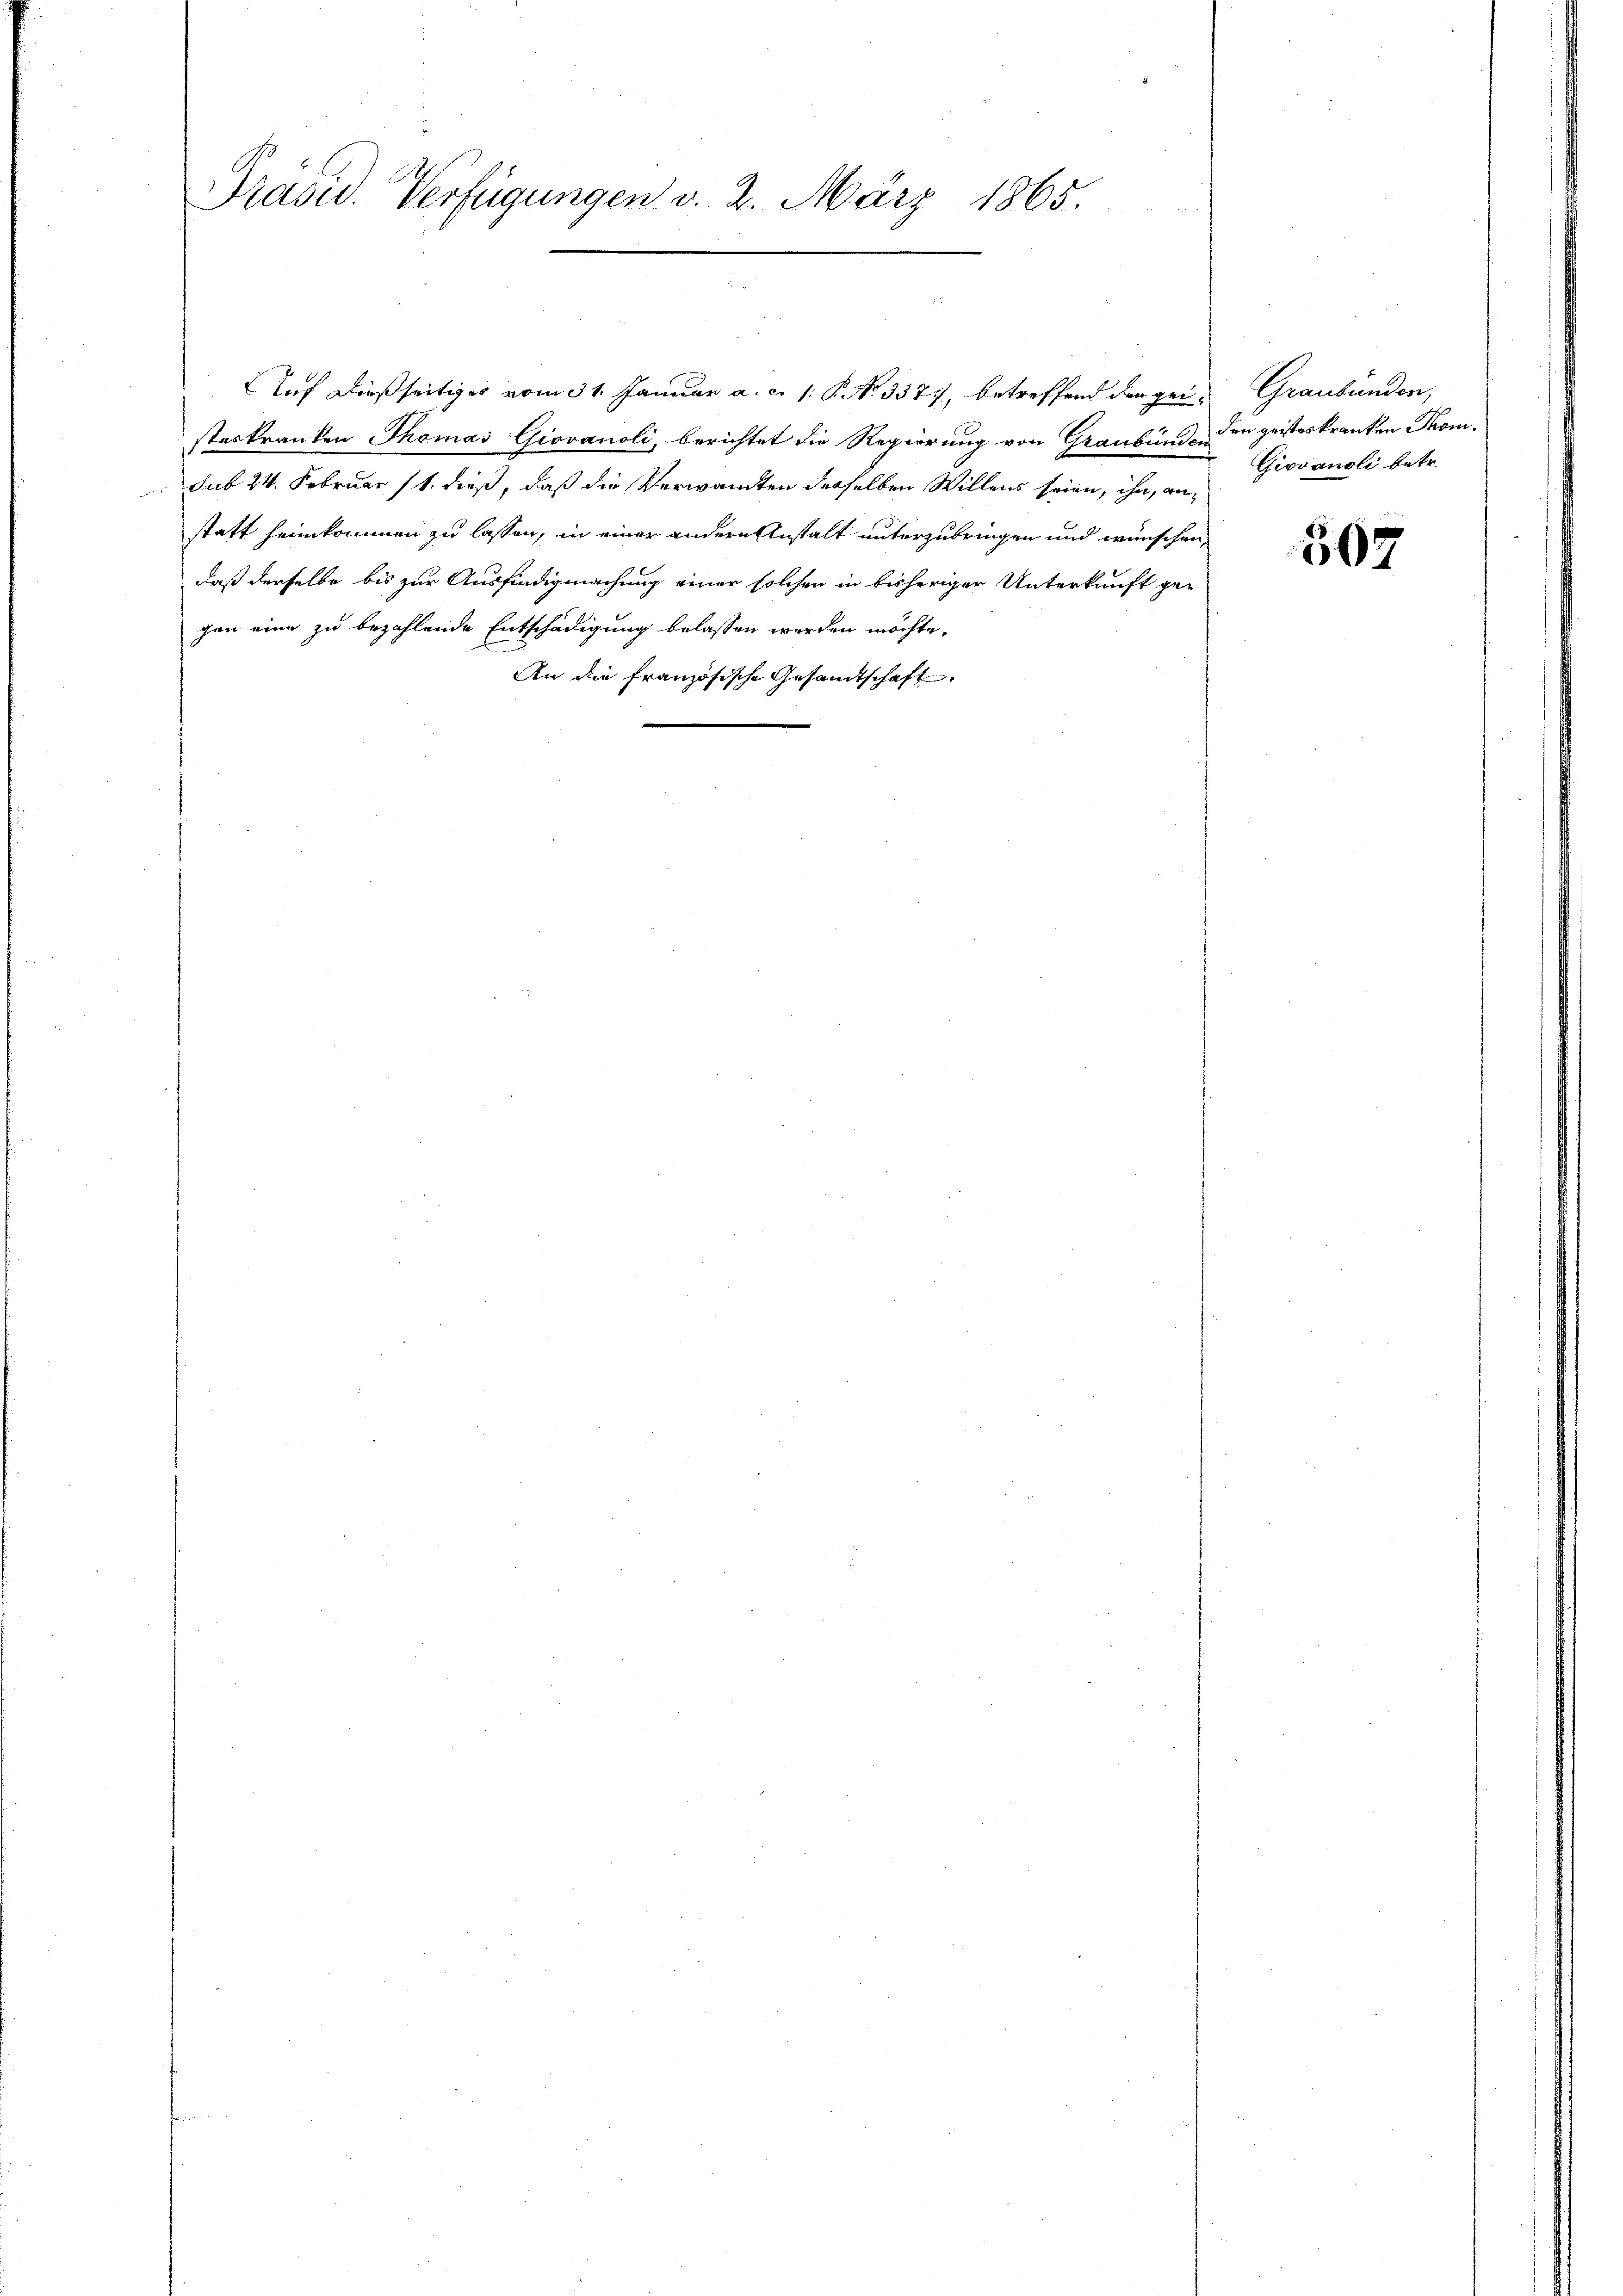
Präsid. Verfügungen v. 2. März 1865.

Auf dießseitiges vom 31. Januar a. c. 1. P. Nr. 3377, betreffend der gen Graubünden,
steskranken Thomas Giovanoli, berichtet die Regierung von Graubünden den geisterkranken Thomsub 24. Februar 11. dieß, daß die Verwandten derselben Willens seien, ihn, anstatt heimkommen zu lassen, in einer andern Anstalt unterzubringen und wünschen,
daß derselbe bis zur Ausfindigmachung einer solchen in bisheriger Unterkunft gegen eine zu bezahlende Entschädigung belassen werden möchte.
An die französische Gesamtschaft.

Giovanoli betr.

507